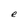
Character: e